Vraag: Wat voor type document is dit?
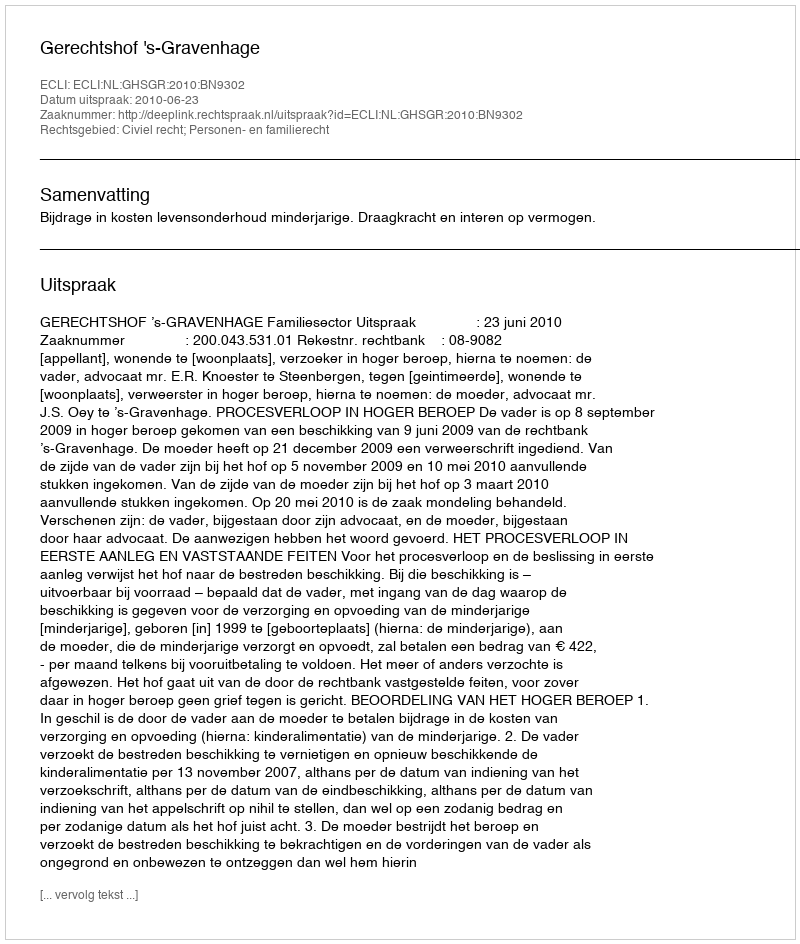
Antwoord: Uitspraak